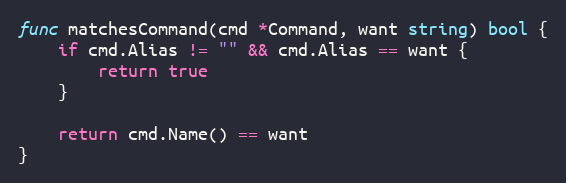
Language: Go
func matchesCommand(cmd *Command, want string) bool {
	if cmd.Alias != "" && cmd.Alias == want {
		return true
	}

	return cmd.Name() == want
}